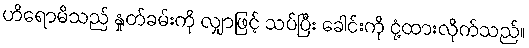
ဟိရောမိသည် နှုတ်ခမ်းကို လျှာဖြင့် သပ်ပြီး ခေါင်းကို ငုံ့ထားလိုက်သည်။